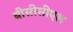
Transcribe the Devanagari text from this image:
बीसीसीएल